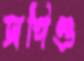
সপিণ্ড